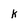
Character: k